Vaccine operations Central Provinces & Berar 1922-1929 - 1922-1929
Year: 1922
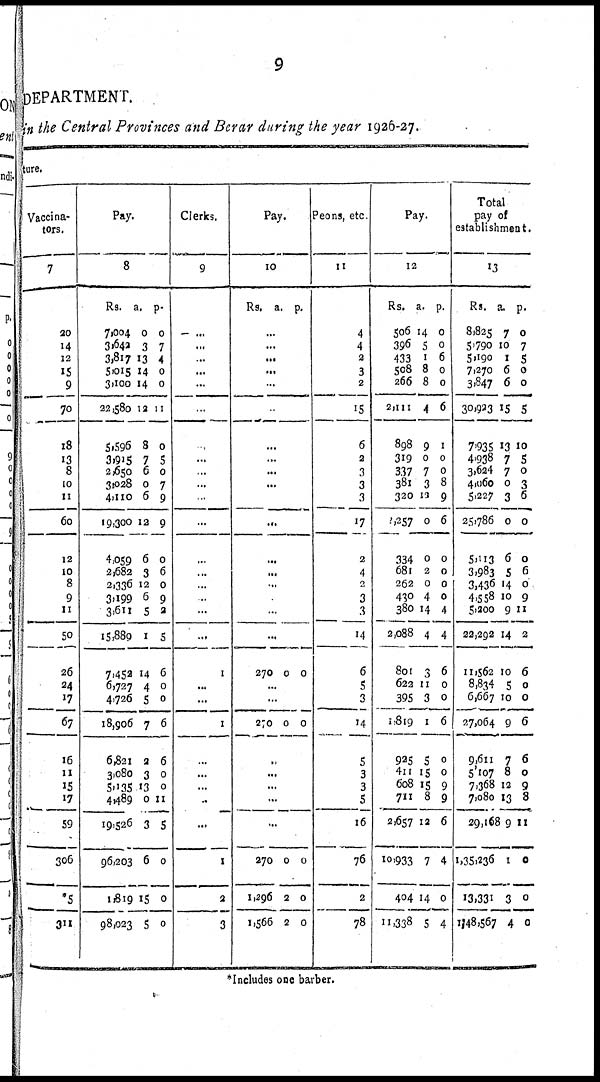
9
DEPARTMENT.
in the Central Provinces and Berar during the year 1926-27.
ture.
Vaccina-
tors.
7
20
14
12
15
9
70
18
13
8
10
11
60
12
10
8
9
11
50
26
24
17
67
16
11
15
17
59
306
*5
311
Pay.
8
Rs.
7,004
3,642
3,817
5,015
3,100
22,580
5,596
3,915
2,650
3,028
4,110
19,300
4,059
2,682
2,336
3,199
3,611
15,889
7,452
6,727
4,726
18,906
6,821
3,080
5,135
4,489
19,526
96,203
1,819
98,023
a.
0
3
13
14
14
12
8
7
6
0
6
12
6
3
12
6
5
1
14
4
5
7
2
3
13
0
3
6
15
5
p.
0
7
4
0
0
11
0
5
0
7
9
9
0
6
0
9
2
5
6
0
0
6
6
0
0
11
5
0
0
0
Clerks.
9
...
...
...
...
...
...
...
...
..
...
...
...
...
...
...
...
...
...
1
...
...
1
...
...
...
...
...
1
2
3
Pay.
10
Rs. a. p.
...
...
...
...
...
...
...
...
...
...
...
...
...
...
...
...
...
...
270 0 0
...
...
270 0 0
...
...
...
...
...
270
1,296
1,566
0
2
2
0
0
0
Peons, etc
11
4
4
2
3
2
15
6
2
3
3
3
17
2
4
2
3
3
...
6
5
3
14
5
3
3
5
16
76
2
78
Pay.
12
Rs.
506
396
433
508
266
2,111
898
319
337
381
320
2,257
334
681
262
430
380
2,088
801
622
395
1,819
925
411
608
711
2,657
10,933
404
11,338
a.
14
5
1
8
8
4
9
0
7
3
12
0
0
2
0
4
14
4
3
11
3
1
5
15
15
8
12
7
14
5
p.
0
0
6
0
0
6
1
0
0
8
9
6
0
0
0
0
4
4
6
0
0
6
0
0
9
9
6
4
0
4
Total
pay of
establishment.
13
Rs.
8,825
5,790
5,190
7,270
3,847
30,923
7,935
4,938
3,624
4,060
5,227
25,786
5,113
3,983
3,436
4,558
5,200
22,292
11,562
8,834
6,667
27,064
9,611
5,107
7,368
7,080
29,168
1,35,236
13,331
1,48,567
a.
7
10
1
6
6
15
13
7
7
0
3
0
6
5
14
10
9
14
10
5
10
9
7
8
12
13
9
1
3
4
p.
0
7
5
0
0
5
10
5
0
3
6
0
0
6
0
9
11
2
6
0
0
6
6
0
9
8
11
0
0
0
*Includes one barber.